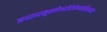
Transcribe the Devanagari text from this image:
क्रव्यादमुख्येभ्योदेवेभ्यइतिसर्वदा